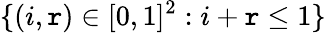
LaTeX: \{ (i,\mathtt{r})\in[0,1]^{2}:i+\mathtt{r}\le1\}